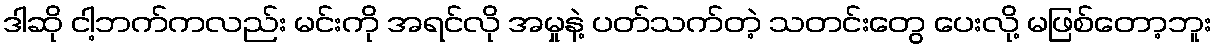
ဒါဆို ငါ့ဘက်ကလည်း မင်းကို အရင်လို အမှုနဲ့ ပတ်သက်တဲ့ သတင်းတွေ ပေးလို့ မဖြစ်တော့ဘူး